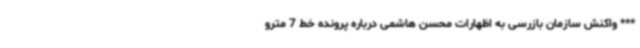
*** واکنش سازمان بازرسی به اظهارات محسن هاشمی درباره پرونده خط 7 مترو